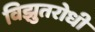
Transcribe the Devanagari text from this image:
विझुतरोधी